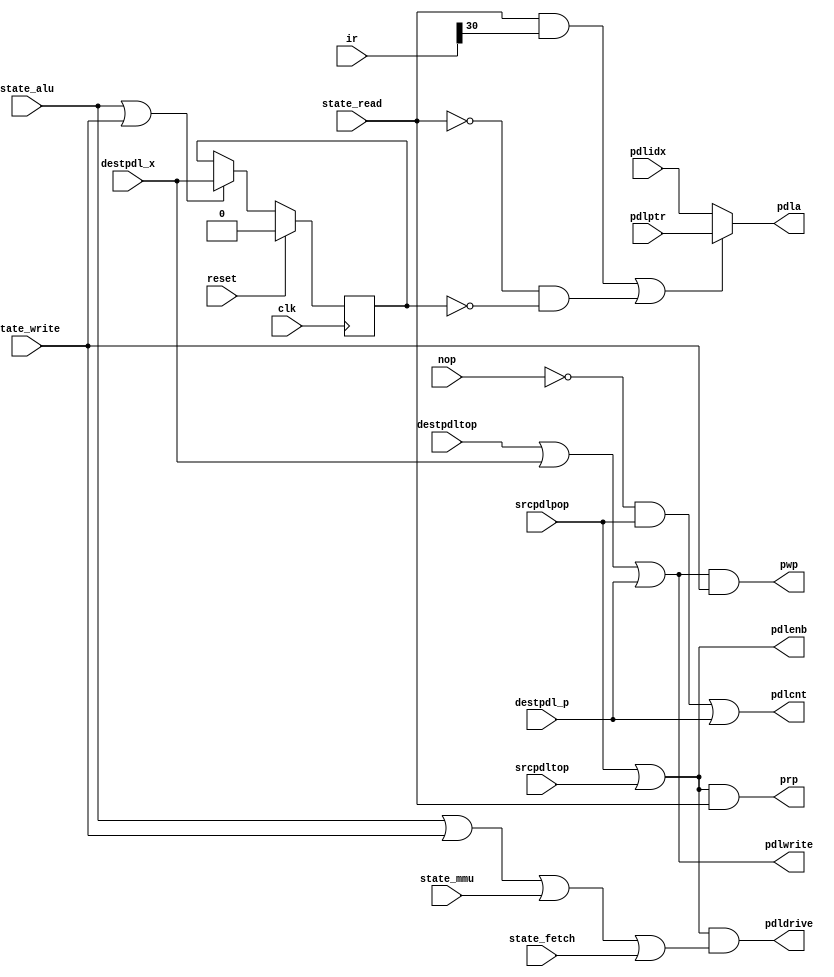
// PDLCTL --- PDL BUFFER CONTROL
//
// ---!!! Add description.
//
// History:
//
//   (20YY-MM-DD HH:mm:ss BRAD) Converted to Verilog.
//	???: Nets added.
//	???: Nets removed.
//   (1978-02-15 06:09:35 TK) Initial.

`timescale 1ns/1ps
`default_nettype none

module PDLCTL(/*AUTOARG*/
   // Outputs
   pdla, pdlcnt, pdldrive, pdlenb, pdlwrite, prp, pwp,
   // Inputs
   clk, reset, state_alu, state_fetch, state_mmu, state_read,
   state_write, ir, pdlidx, pdlptr, destpdl_p, destpdl_x, destpdltop,
   nop, srcpdlpop, srcpdltop
   );

   input clk;
   input reset;

   input state_alu;
   input state_fetch;
   input state_mmu;
   input state_read;
   input state_write;

   input [48:0] ir;
   input [9:0] pdlidx;
   input [9:0] pdlptr;
   input destpdl_p;
   input destpdl_x;
   input destpdltop;
   input nop;
   input srcpdlpop;
   input srcpdltop;
   output [9:0] pdla;
   output pdlcnt;
   output pdldrive;
   output pdlenb;
   output pdlwrite;
   output prp;
   output pwp;

   ////////////////////////////////////////////////////////////////////////////////

   reg pwidx;
   wire pdlp;

   ////////////////////////////////////////////////////////////////////////////////

   assign pdlp = (state_read & ir[30]) | (~state_read & ~pwidx);
   assign pdla = pdlp ? pdlptr : pdlidx;
   assign pdlwrite = destpdltop | destpdl_x | destpdl_p;

   always @(posedge clk)
     if (reset) begin
	pwidx <= 0;
     end else if (state_alu | state_write) begin
	pwidx <= destpdl_x;
     end

   assign pwp = pdlwrite & state_write;
   assign prp = pdlenb && state_read;
   assign pdlenb = srcpdlpop | srcpdltop;
   assign pdldrive = pdlenb & (state_alu || state_write || state_mmu || state_fetch);
   assign pdlcnt = (~nop & srcpdlpop) | destpdl_p;

endmodule

`default_nettype wire

// Local Variables:
// verilog-library-directories: ("..")
// End: